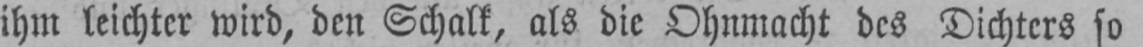
ihm leichter wird, den Schalk, als die Ohnmacht des Dichters so